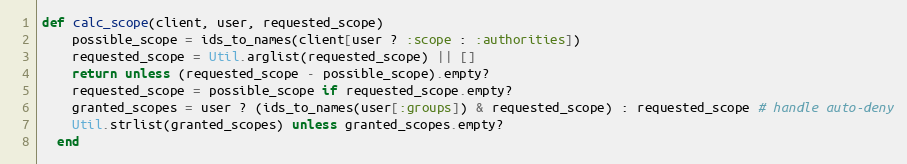
Language: Ruby
def calc_scope(client, user, requested_scope)
    possible_scope = ids_to_names(client[user ? :scope : :authorities])
    requested_scope = Util.arglist(requested_scope) || []
    return unless (requested_scope - possible_scope).empty?
    requested_scope = possible_scope if requested_scope.empty?
    granted_scopes = user ? (ids_to_names(user[:groups]) & requested_scope) : requested_scope # handle auto-deny
    Util.strlist(granted_scopes) unless granted_scopes.empty?
  end